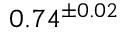
0 . 7 4 ^ { \pm 0 . 0 2 }